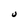
Character: U